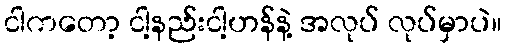
ငါကတော့ ငါ့နည်းငါ့ဟန်နဲ့ အလုပ် လုပ်မှာပဲ။